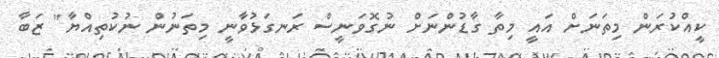
ކީއްކުރަން މިތަނަށް އައީ މިތާ ގާޑުންނަށް ނުގޮވަނީސް ރަނގަޅުވާނީ މިތަނުން ނުކުތިއްޔާ" ޒަބާ